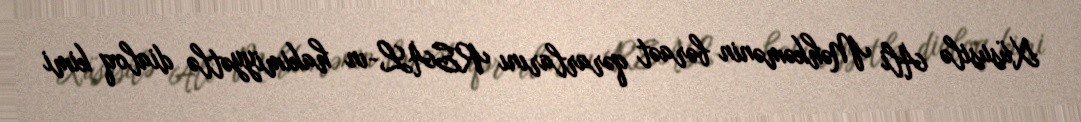
Xüsusilə Ali Məhkəmənin bəraət qərarlarını REAL-ın hakimiyyətlə dialoq kimi